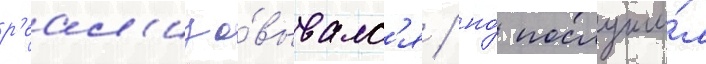
р'еал'изо́вывалс'я / но́ послужи́л